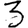
Digit: 3